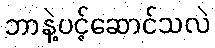
ဘာနဲ့ပင့်ဆောင်သလဲ